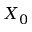
X _ { 0 }